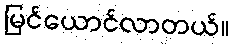
မြင်ယောင်လာတယ်။